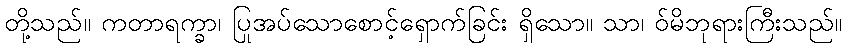
တို့သည်။ ကတာရက္ခာ၊ ပြုအပ်သောစောင့်ရှောက်ခြင်း ရှိသော။ သာ၊ ဝ်မိဘုရားကြီးသည်။